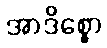
အာဒိစ္စော